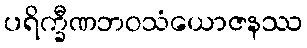
ပရိက္ခီဏဘဝသံယောဇနဿ